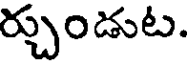
ర్చుండుట.